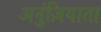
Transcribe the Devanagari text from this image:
अनुंज़ियाता